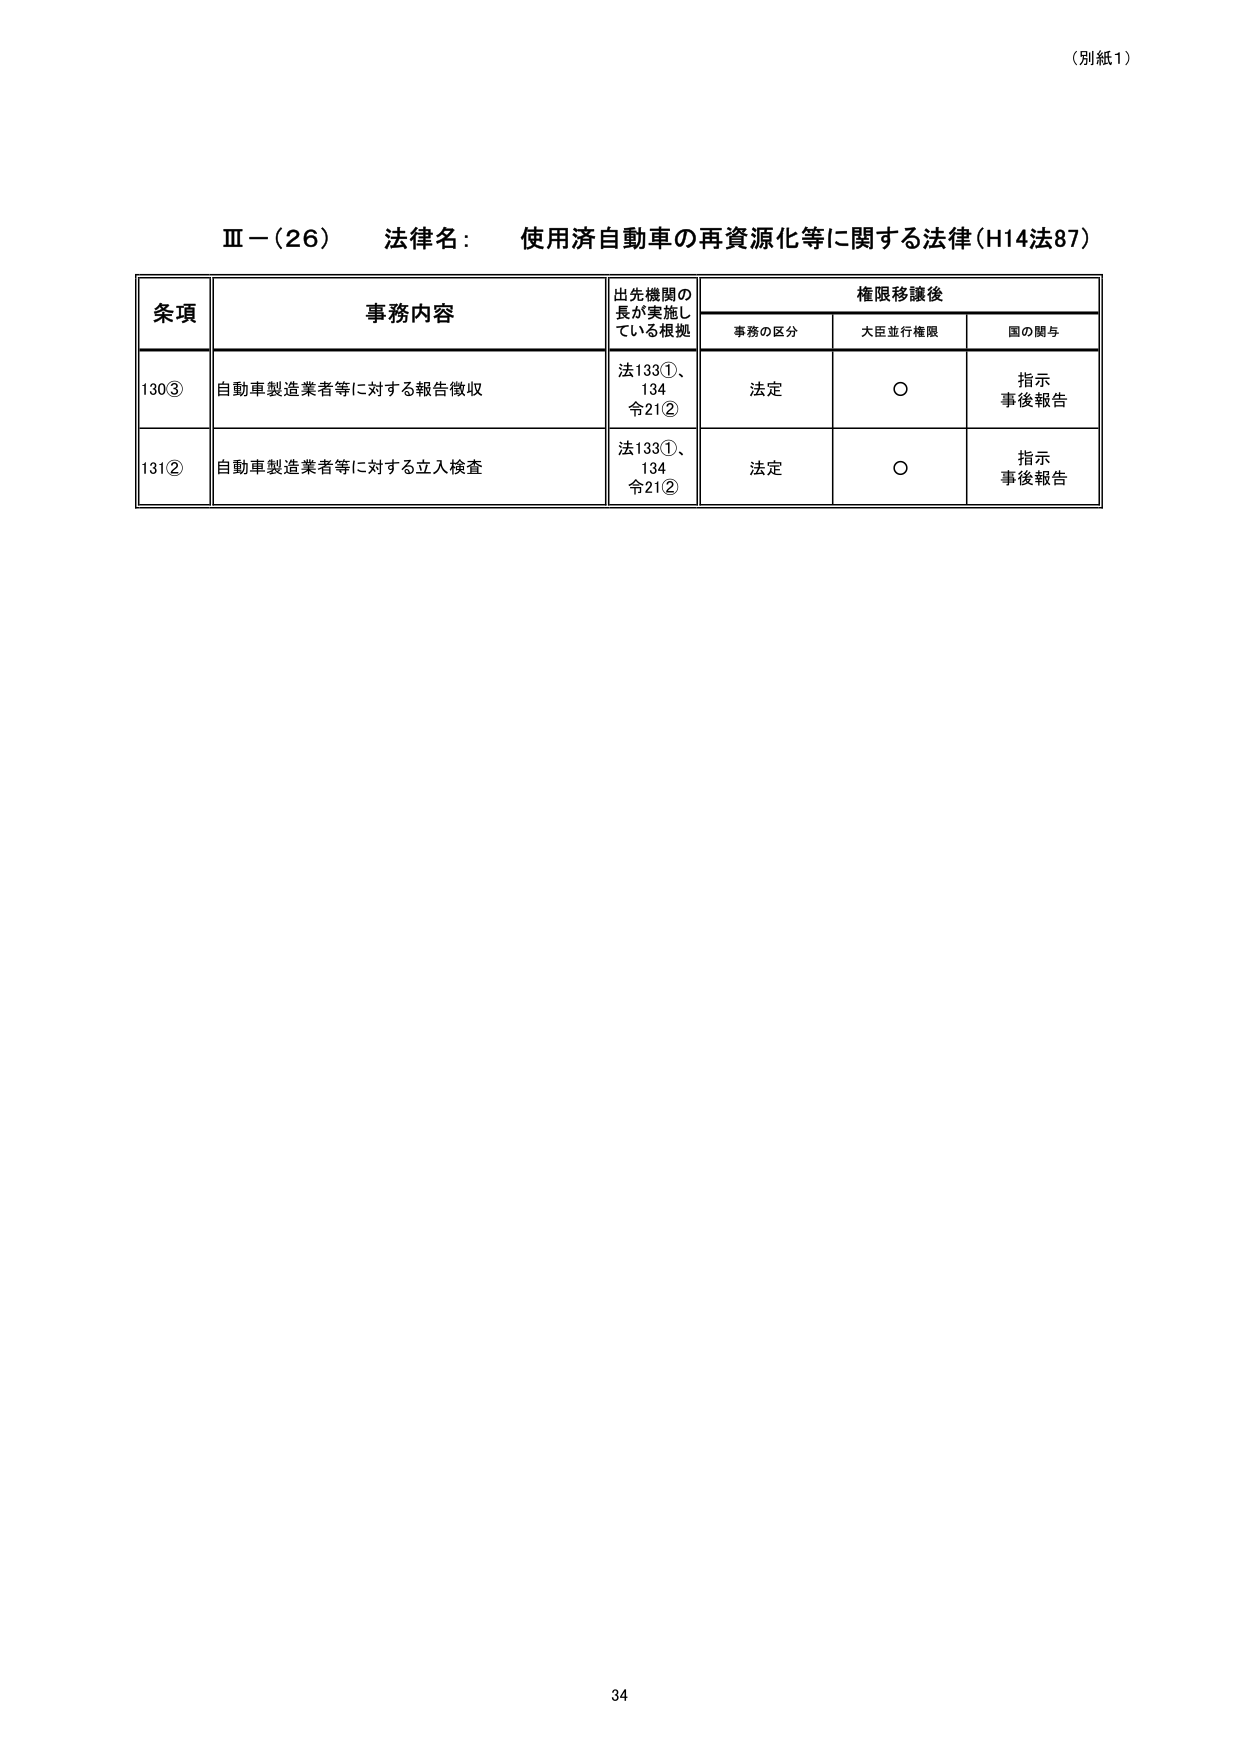
（別紙1）

Ⅲ－（26）　法律名：　使用済自動車の再資源化等に関する法律（H14法87）

条項　　　　　　　事務内容　　　　　　　出先機関の長が実施している根拠　　　権限移譲後
　　　　　　　　　　　　　　　　　　　　　　　　　　　　　　　　　　事務の区分　　大臣並行権限　　国の関与

130③　　自動車製造業者等に対する報告徴収　　法133①、134　　法定　　　　○　　　　指示
　　　　　　　　　　　　　　　　　　　　　　　令21②　　　　　　　　　　　　　　　　事後報告

131②　　自動車製造業者等に対する立入検査　　法133①、134　　法定　　　　○　　　　指示
　　　　　　　　　　　　　　　　　　　　　　　令21②　　　　　　　　　　　　　　　　事後報告

34